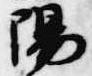
陽